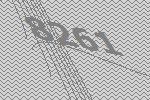
8261